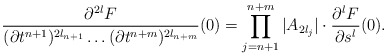
\begin{align*}\frac{\partial^{2l}F}{(\partial t^{n+1})^{2l_{n+1}}\dots (\partial t^{n+m})^{2l_{n+m}}}(0)=\prod_{j=n+1}^{n+m}|A_{2l_{j}}|\cdot \frac{\partial^l F}{\partial s^l}(0).\end{align*}